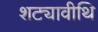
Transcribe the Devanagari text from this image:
शट्यावीथि